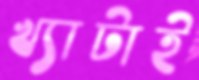
খ্যাটাই